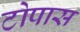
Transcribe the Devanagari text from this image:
टोपास